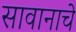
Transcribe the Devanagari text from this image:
सावानाचे